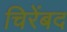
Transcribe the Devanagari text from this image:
चिरेंबद